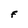
Character: F